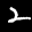
Label: 2